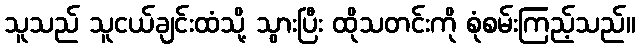
သူသည် သူငယ်ချင်းထံသို့ သွားပြီး ထိုသတင်းကို စုံစမ်းကြည့်သည်။